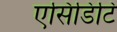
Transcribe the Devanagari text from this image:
एसिडिटि